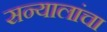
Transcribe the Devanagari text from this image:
सन्यालांचा